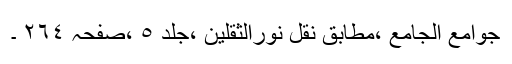
جوامع الجامع ،مطابق نقل نورالثقلین ،جلد ٥ ،صفحہ ٢٦٤ ۔